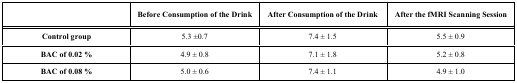
<table><thead><tr><td><b> </b></td><td><b>Before Consumption of the Drink</b></td><td><b>After Consumption of the Drink</b></td><td><b>After the fMRI Scanning Session</b></td></tr></thead><tbody><tr><td><b>Control group</b></td><td>5.3 ± 0.7</td><td>7.4 ± 1.5</td><td>5.5 ± 0.9</td></tr><tr><td><b>BAC of 0.02 %</b></td><td>4.9 ± 0.8</td><td>7.1 ± 1.8</td><td>5.2 ± 0.8</td></tr><tr><td><b>BAC of 0.08 %</b></td><td>5.0 ± 0.6</td><td>7.4 ± 1.1</td><td>4.9 ± 1.0</td></tr></tbody></table>